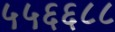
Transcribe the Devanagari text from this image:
५५६६८८